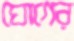
ঘোগের